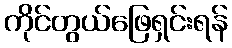
ကိုင်တွယ်ဖြေရှင်းရန်